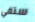
ستفي